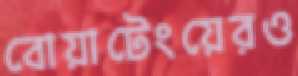
বোয়াটেংয়েরও